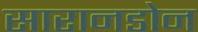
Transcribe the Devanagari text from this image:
सारानडोन